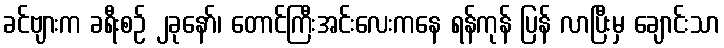
ခင်ဗျားက ခရီးစဉ် ၂ခုနော်၊ တောင်ကြီးအင်းလေးကနေ ရန်ကုန် ပြန် လာပြီးမှ ချောင်းသာ